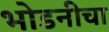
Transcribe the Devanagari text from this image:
भोडनीचा